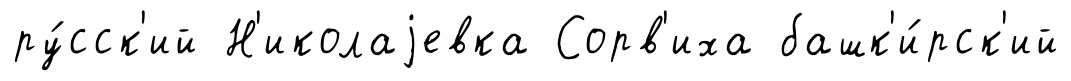
ру́сск'ий Н'иколаjевка Сорв'иха башк'и́рск'ий